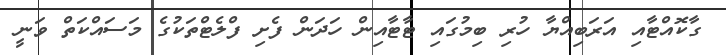
ގާކޮއްޓާއި އަރަބިއްޔާ ހުރި ބިމުގައި ޓާޓާއިން ހަދަން ފެށި ފްލެޓްތަކުގެ މަސައްކަތް ވަނީ